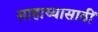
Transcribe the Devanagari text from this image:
साहाय्यासाठीं